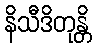
နိသီဒိတုန္တိ